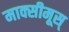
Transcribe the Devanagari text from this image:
माक्सीमूस्